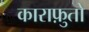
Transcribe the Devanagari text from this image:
काराफ़ुतो